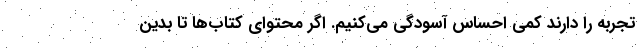
تجربه را دارند کمی احساس آسودگی می‌کنیم. اگر محتوای کتاب‌ها تا بدین